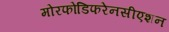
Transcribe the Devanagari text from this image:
मोरफोडिफरेनसीएशन